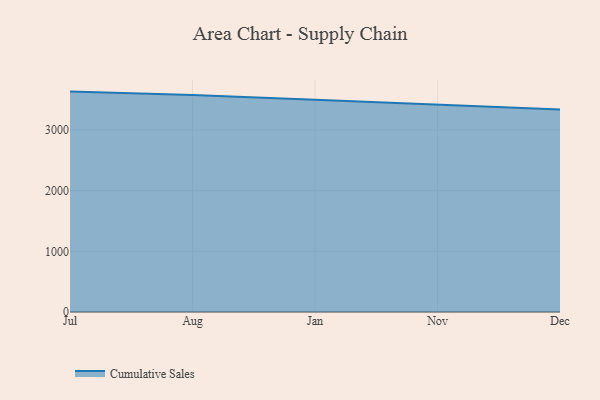
{"axis": {"x": "Month", "y": "Active Users"}, "legend": ["Cumulative Sales"], "data": [{"x": "Jul", "y": 3633.5, "type": "Cumulative Sales"}, {"x": "Aug", "y": 3578.2, "type": "Cumulative Sales"}, {"x": "Jan", "y": 3497.2, "type": "Cumulative Sales"}, {"x": "Nov", "y": 3422.8, "type": "Cumulative Sales"}, {"x": "Dec", "y": 3337.9, "type": "Cumulative Sales"}]}